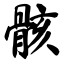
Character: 骸